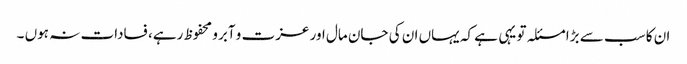
ان کا سب سے بڑا مسئلہ تو یہی ہے کہ یہاں ان کی جان مال اور عزت و آبرو محفوظ رہے، فسادات نہ ہوں ۔